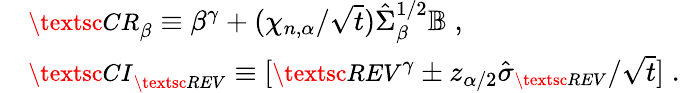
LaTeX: \begin{array}{rl}&{{\small\textsc{{CR}}}_{\beta}\equiv\beta^{\gamma}+(\chi_{n,\alpha}/\sqrt{t})\hat{\Sigma}_{\beta}^{1/2}{\mathbb B}\; ,}\\ &{{\small\textsc{{CI}}}_{\small\textsc{{REV}}}\equiv[{\small\textsc{{REV}}}^{\gamma}\pm z_{\alpha/2}\hat{\sigma}_{{\small\textsc{{REV}}}}/\sqrt t]\; .}\end{array}